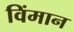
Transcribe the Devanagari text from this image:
विंमान